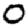
Digit: 0